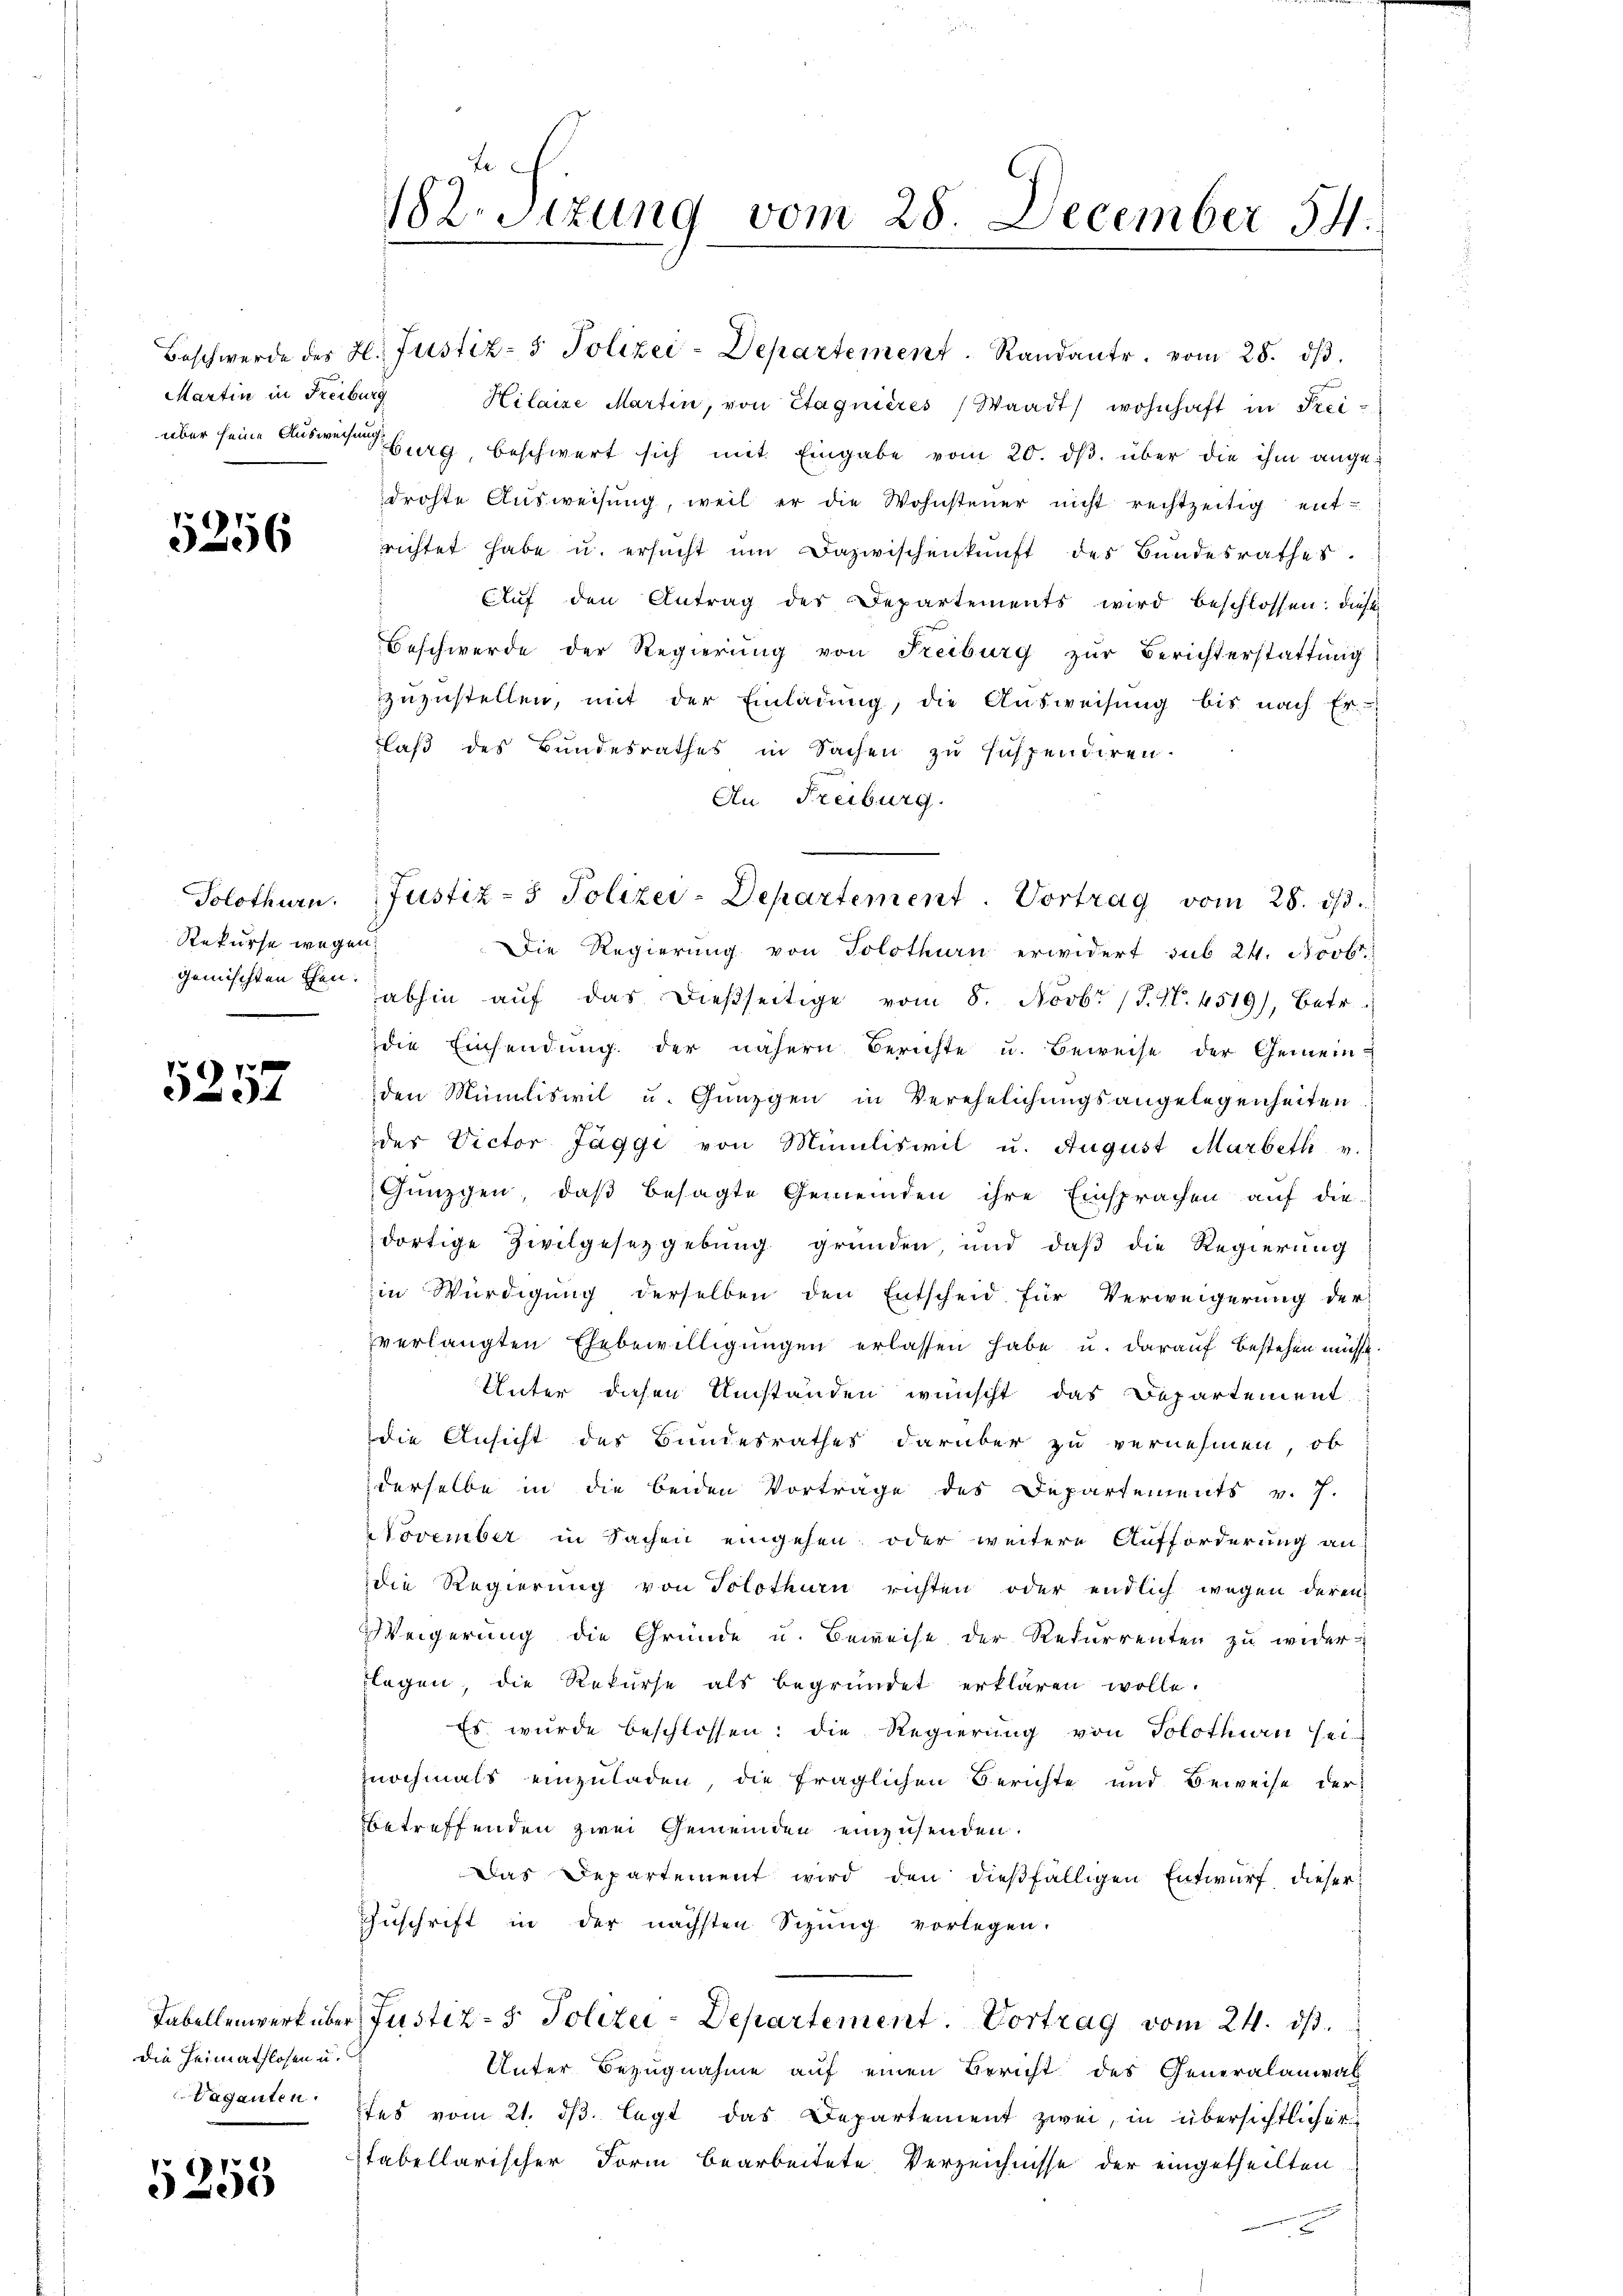
Martin in Freiburg

5256

Solothurn.
Rekurse wegen.

5257

Die Heimathlosen u.
Vaganten.

5355

182. Sizung vom 28. December 54.
.

Hilasse Martin, von Etagnières Waadt, wohnhaft in Frei-
über seine Ausweisenburg, beschwert sich mit Eingabe vom 20. ds. über die ihm angedrohte Aŭsweisŭng, weil er die Wohnsteuer nicht rechtzeitig entrichtet habe u. ersŭcht ŭm dazwischenkunft des Bundesrathes.
Aŭf den Antrag des Departements wird beschlossen: diese
Beschwerde der Regierŭng von Freiburg zŭr Berichterstattŭng
zŭzŭstellen, mit der Einladŭng, die Aŭsweisŭng bis nach Er-
laß des Bundesrathes in Sachen zu suspendiren.
An Freiburg.
Die Regierung von Solothurn erwidert sub 24. Novbr.
gemischten den abhin aŭf das dießseitige vom 8. Novbr (T. N. 4519), betr.
die Einsendŭng der nähern Berichte u. Beweise der Gemein-
den Müliswil u. Günzgen in Verehelichungsangelegenheiten
des Victor Jäggi von Miliswil u. August Marbeth v.
Günzgen, daß besagte Gemeinden ihre Einsprachen auf die
dortige Zivilgesetzgebung gründen, und daß die Regierung
in Würdigung derselben den Entscheid für Verweigerung der
verlangten Ehebewilligungen erlassen habe u. darauf bestehen müsse
Unter diesen Umständen wünscht das Departement
die Ansicht des Bundesrathes darüber zu vernehmen, ob
derselbe in die beiden Vorträge des Departements v. 7.
November in Sachen eingehen oder weitere Aufforderung an
die Regierung von Solothurn richten oder endlich wegen deren
Weigerung die Gründe u. Beweise der Rekurrenten zu wider-
flagen, die Rekŭrse als begründet erklären wolle.
Es wurde beschlossen: die Regierŭng von Solothurn sei-
znochmals einzuladen, die fraglichen Berichte und Beweise der
betreffenden zwei Gemeinden einzusenden.
Das Departement wird den dießfälligen Entwurf dieser
Zuschrift in der nächsten Sizung vorlegen.
Tabellenwerk über Justiz- & Polizei-Departement. Vortrag vom 24. ds.
Unter Bezugnahme auf einen Bericht des Generalanwal
fes vom 21. dβ. legt das Departement zwei, in übersichtlicher
stabellarischer Form bearbeitete Verzeichnisse der eingetheilten

Beschwerde des H. Justiz- & Polizei-Departement. Randante vom 28. dβ.

Justiz- & Polizei-Departement. Vortrag vom 28. ds.